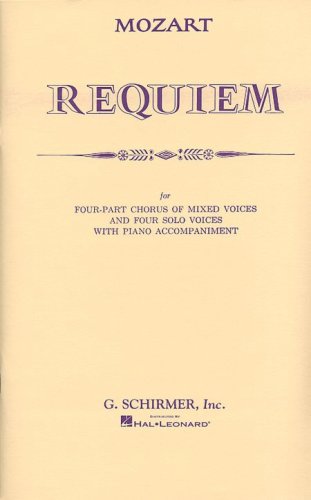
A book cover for Requiem (Choral Large Works); Wolfgang Amadeus Mozart; Humor & Entertainment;